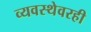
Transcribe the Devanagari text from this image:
व्यवस्थेवरही